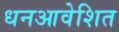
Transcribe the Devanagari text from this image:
धनआवेशित